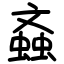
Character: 螡